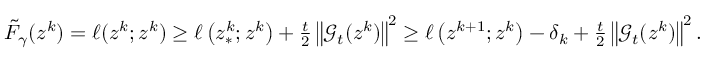
\begin{array} { r } { \tilde { F } _ { \gamma } ( z ^ { k } ) = \ell ( z ^ { k } ; z ^ { k } ) \geq \ell \left( z _ { * } ^ { k } ; z ^ { k } \right) + \frac { t } { 2 } \left\| \mathcal { G } _ { t } ( z ^ { k } ) \right\| ^ { 2 } \geq \ell \left( z ^ { k + 1 } ; z ^ { k } \right) - \delta _ { k } + \frac { t } { 2 } \left\| \mathcal { G } _ { t } ( z ^ { k } ) \right\| ^ { 2 } . } \end{array}